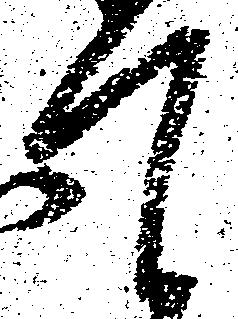
て